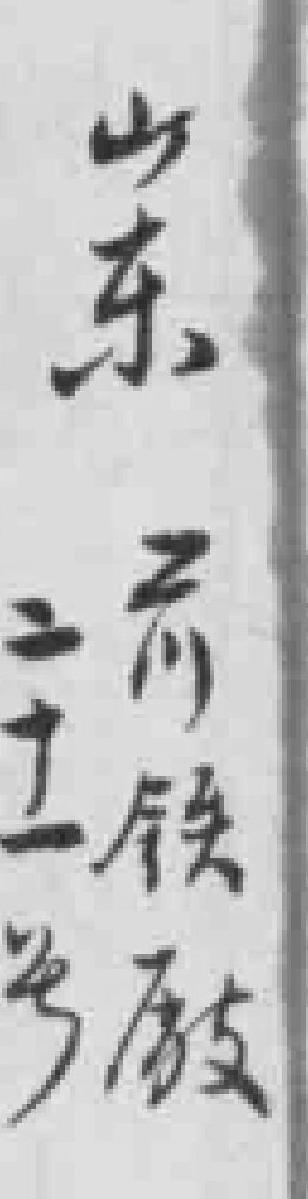
山东工川铁*